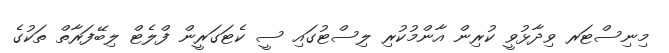
މިނިސްޓަރ ވިދާޅުވީ ކުރިން އާންމުކުރި ލިސްޓުގައި ސީ ކެޓަގަރީން ފްލެޓް ލިބޭފަރާތް ތަކުގެ